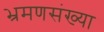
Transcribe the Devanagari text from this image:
भ्रमणसंख्या